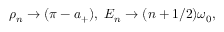
\rho _ { n } \rightarrow ( \pi - a _ { + } ) , \ { \cal E } _ { n } \rightarrow ( n + 1 / 2 ) \omega _ { 0 } ,